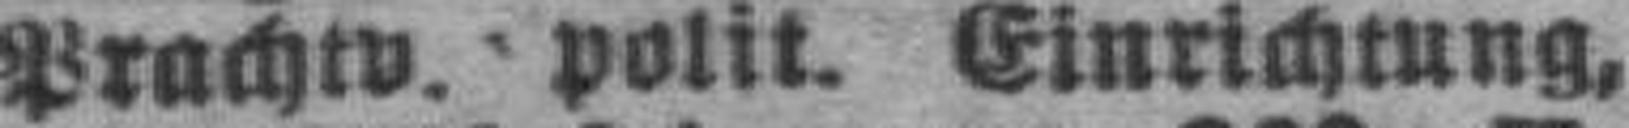
Prachtv. polit, Einrichtung,